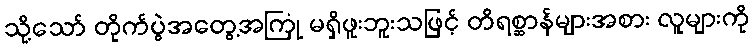
သို့သော် တိုက်ပွဲအတွေ့အကြုံ မရှိဖူးဘူးသဖြင့် တိရစ္ဆာန်များအစား လူများကို